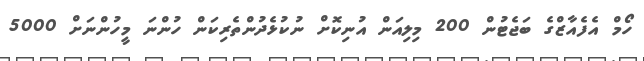
ހޯމް އެފެއާޒްގެ ބަޖެޓުން 200 މިލިއަން އުނިކޮށް ނުކުޅެދުންތެރިކަން ހުންނަ މީހުންނަށް 5000